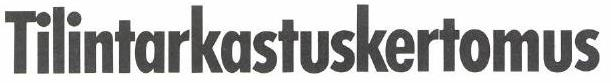
Tilintarkastuskertomus